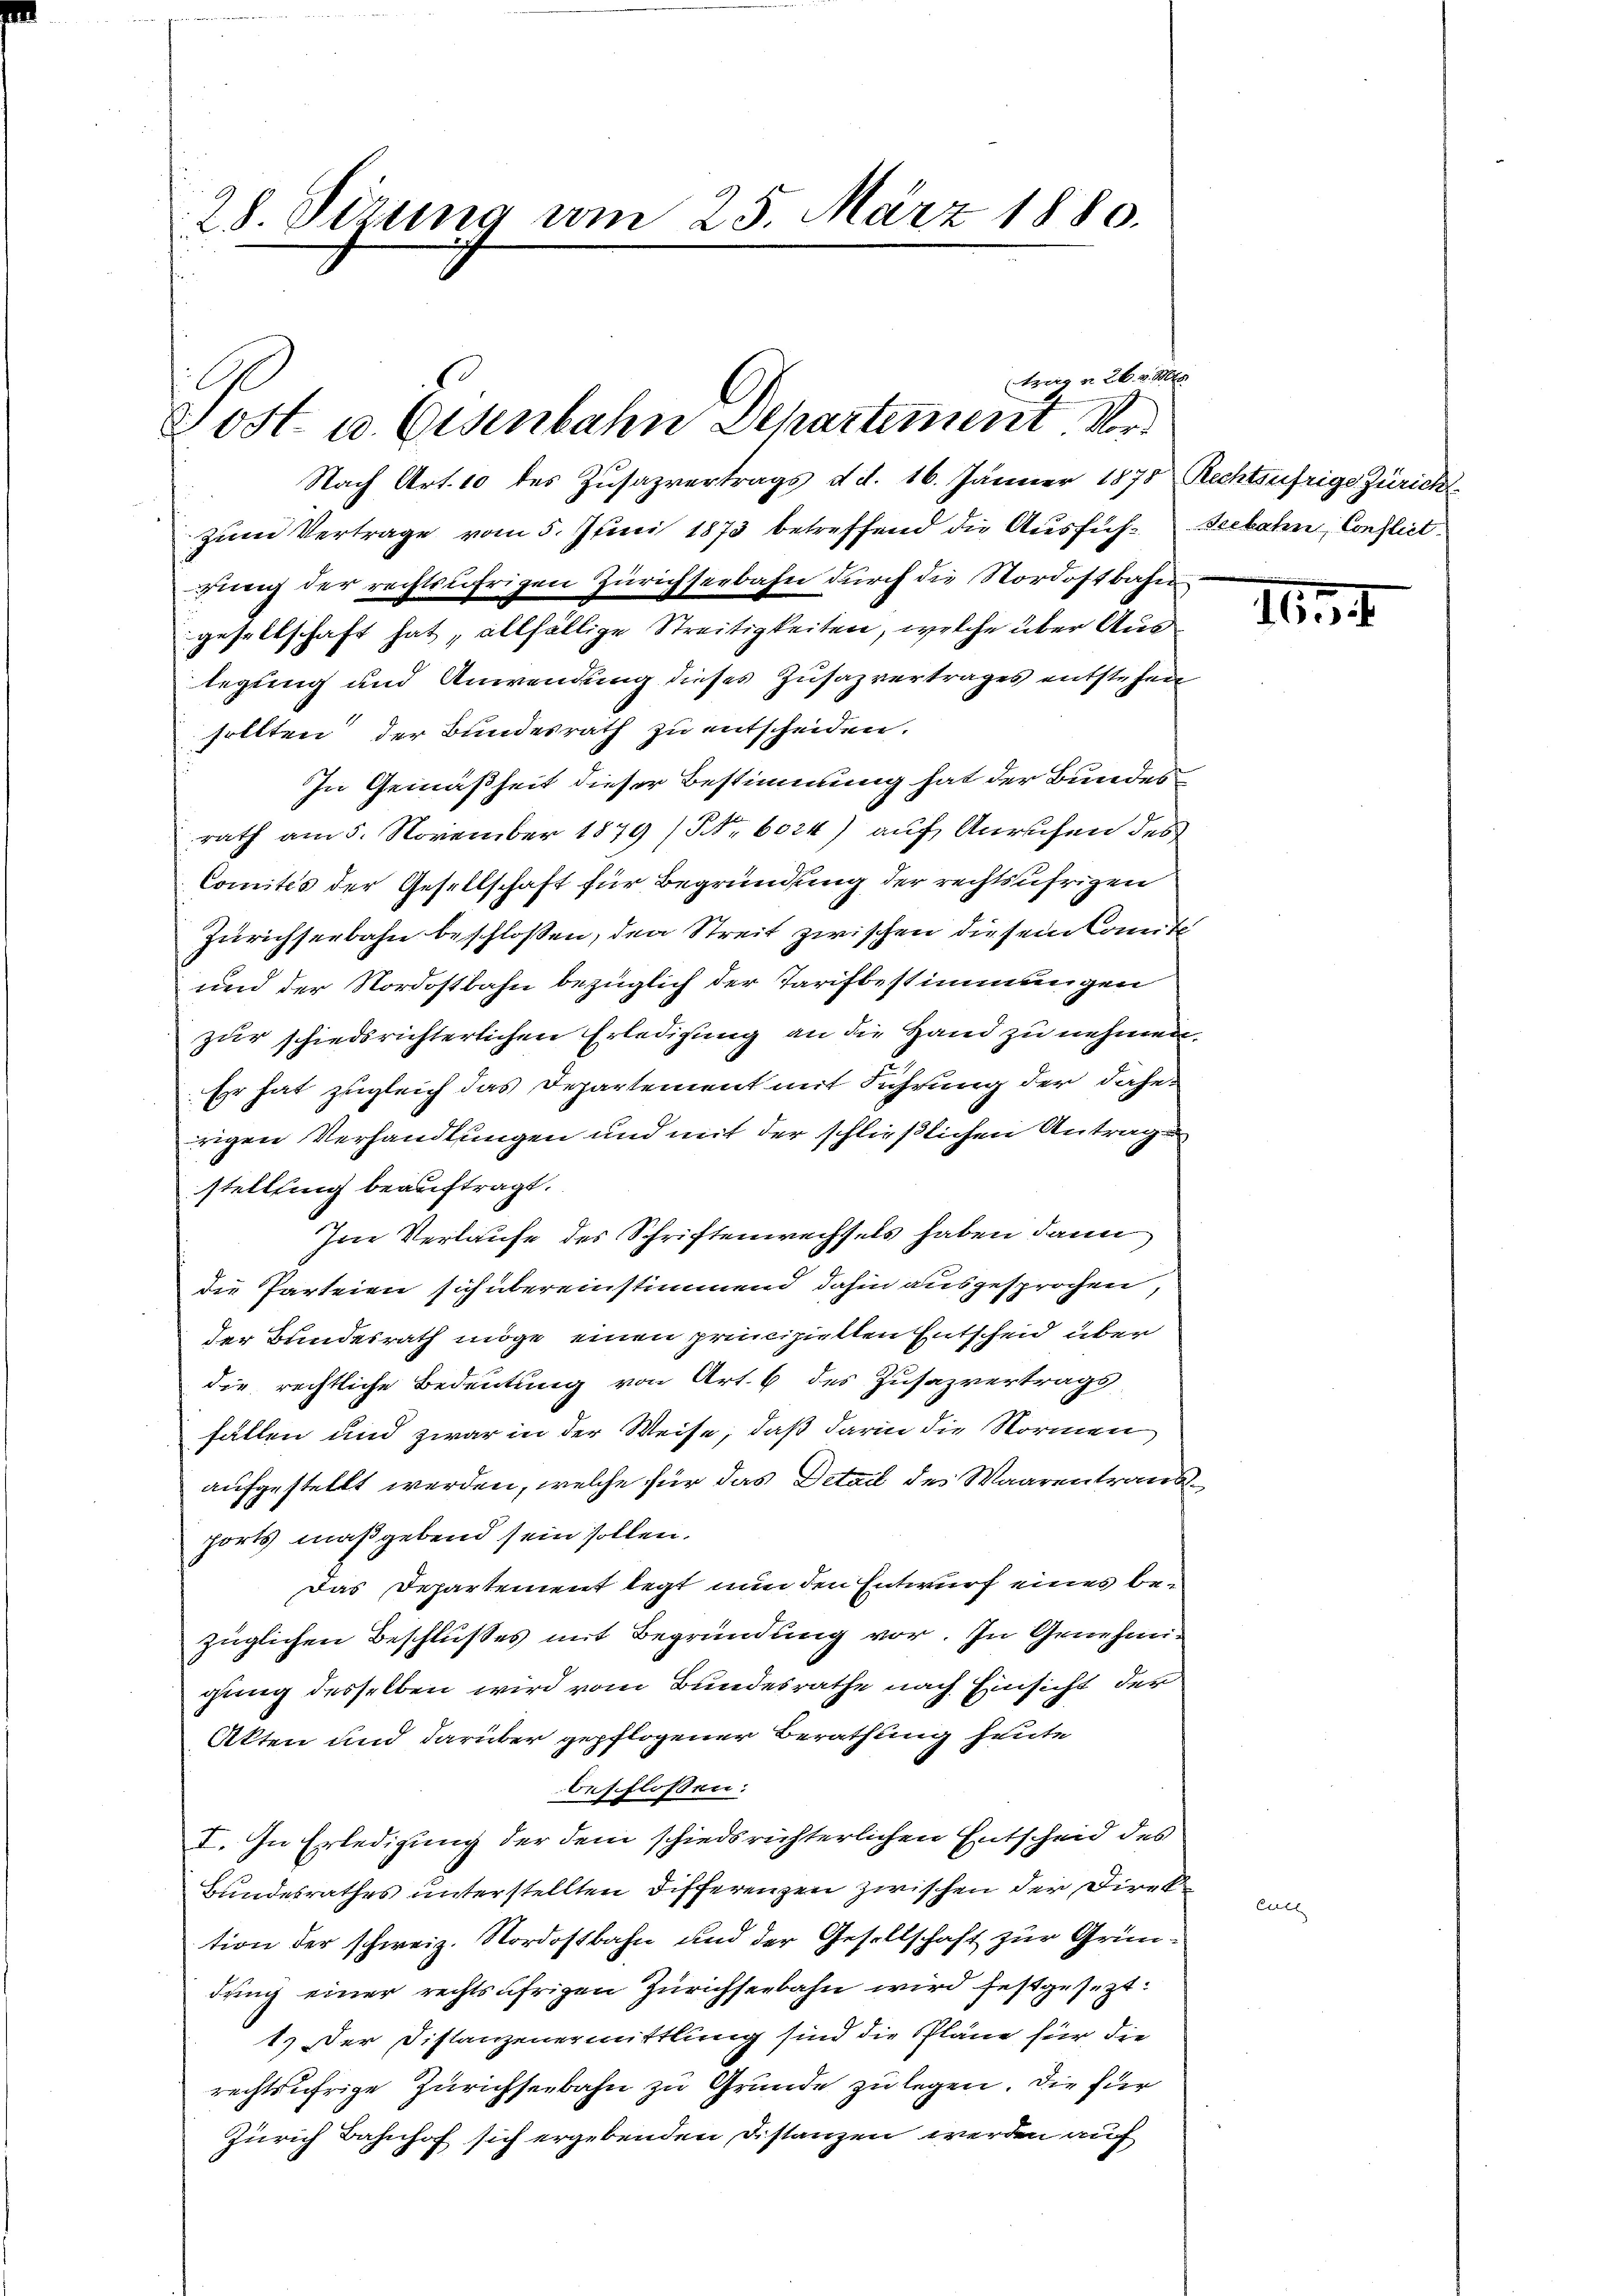
28. Sizung am 25. März 1880.

trag v. 26. v. Mts.
Post u. Eisenbahn Departement Nr.

Nach Art. 10 des Zusazvertrags d. d. 16. Jänner 1878 Rechtsufrige Züricht
zum Vertrage vom 5. Juni 1873 betreffend die Ausfüh¬ Seebahn, Conflict
rung der rechtsüfrigen Zürichseebahn durch die Nordostbahn
gesellschaft hat, allfällige Streitigkeiten, welche über Auslegung und Anwendung dieses Zusazvertrages entstehen
sollten der Bundesrath zu entscheiden.
In Gemäßheit dieser Bestimmung hat der Bundes
rath am 5. November 1879 (Nr. 6024) auf Anrufen des
Comités der Gesellschaft für Begründung der rechtsufrigen
Zürichseebahn beschloßen, den Streit zwischen diesem Comite
und der Nordostbahn bezüglich der Tarifbestimmungen
zur schiedsrichterlichen Erledigung an die Hand zu nehmen.
Er hat zugleich das Departement mit Führung der daherigen Verhandlungen und mit der schließlichen Antrag
stellung beauftragt.
Ime Verlaufe des Schriftenwechsels haben dann
die Parteien sich übereinstimmen, dahin ausgesprochen,
der Bundesrath möge einen principielten Entscheid über
die rechtliche Bedeutung von Art. 6 des Zusazvertrags
fällen und zwar in der Weise, daß darin die Normen
aufgestellt werden, welche für das Detail des Waarentrandports maßgebend sein sollen.
Das Departement legt nun den Entwurf eines bezüglichen Beschlußes mit Begründung vor. In Genehmigung desselben wird vom Bundesrathe nach Einsicht der
Akten und darüber gepflogener Berathung heute
beschlossen:
I. In Erledigung der dem schiedsrichterlichen Entscheid des
Bundesrathes unterstellten Differenzen zwischen der Direktion der schweiz. Nordostbahn und der Gesellschaft zur Gründung einer rechtsäfrigen Zürichseebahn wird festgesezt:
1.) Der Distanzenermittlung sind die Pläne für die
rechtsufrige Zürichseebahn zu Grunde zu legen. Die für
Zürich Bahnhof sich ergebenden Distanzen werden auf

164